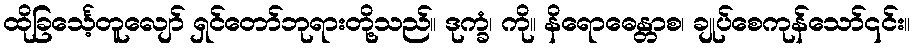
ထိုခြင်္သေ့တူလျော် ရှင်တော်ဘုရားတို့သည်။ ဒုက္ခံ၊ ကို။ နိရောဓေန္တာစ၊ ချုပ်စေကုန်သော်၎င်း။